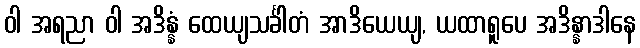
ဝါ အရညာ ဝါ အဒိန္နံ ထေယျသင်္ခါတံ အာဒိယေယျ, ယထာရူပေ အဒိန္နာဒါနေ